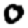
Digit: 0